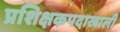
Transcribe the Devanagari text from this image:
प्रशिक्षकपदाखाली